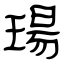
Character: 瑒